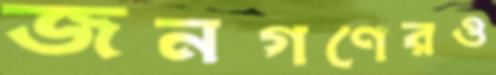
জনগণেরও